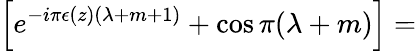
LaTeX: \left[e^{-i\pi\epsilon(z)(\lambda+m+1)}+\cos\pi(\lambda+m)\right]=